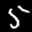
Label: 5